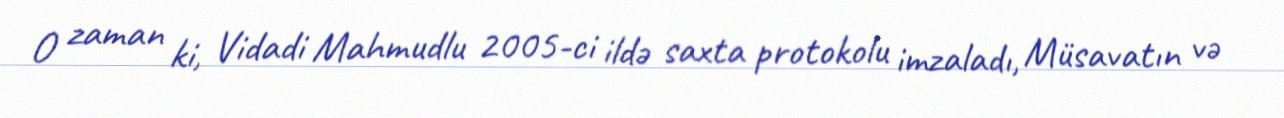
O zaman ki, Vidadi Mahmudlu 2005-ci ildə saxta protokolu imzaladı, Müsavatın və